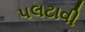
પલટાવી